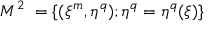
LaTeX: { \cal M } ^ { 2 } ~ = \{ ( \xi ^ { m } , \eta ^ { q } ) ; \eta ^ { q } = \eta ^ { q } ( \xi ) \}